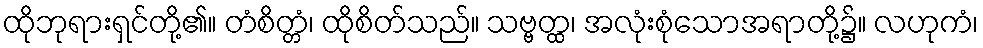
ထိုဘုရားရှင်တို့၏။ တံစိတ္တံ၊ ထိုစိတ်သည်။ သဗ္ဗတ္ထ၊ အလုံးစုံသောအရာတို့၌။ လဟုကံ၊